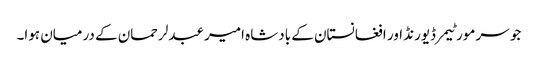
جو سر مورٹیمر ڈیورنڈ اور افغانستان کے بادشاہ امیر عبدلرحمان کے درمیان ہوا۔